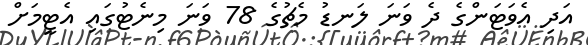
އަދި އެވަޓަންގެ ދެ ވަނަ ލަނޑު މެޗުގެ 78 ވަނަ މިނެޓުގައި އެޓީމަށް